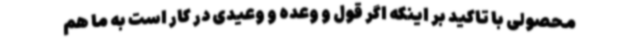
محصولی با تاکید بر اینکه اگر قول و وعده و وعیدی در کار است به ما هم